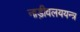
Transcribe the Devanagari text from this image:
नाड़ीवलययन्त्र